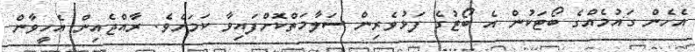
އެހެން ގައުމެއްގެ ބޯޓަކުން އެ ބޯޓުގެ ފަޅުވެރިން ސަލާމަތްކޮށްފައިވާ ކަމަށެވެ. ރާއްޖެއިން އެހީވާން